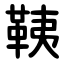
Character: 䩟